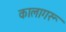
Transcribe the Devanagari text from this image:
कालागरू